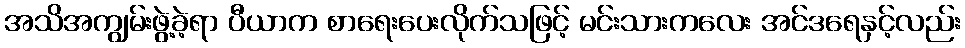
အသိအကျွမ်းဖွဲ့ခဲ့ရာ ပီယာက စာရေးပေးလိုက်သဖြင့် မင်းသားကလေး အင်ဒရေနှင့်လည်း